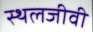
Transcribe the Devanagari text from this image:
स्थलजीवी